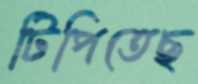
টিপিতেছ